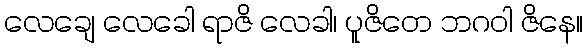
လေချေ လေခေါ ရာဇိ လေခါ၊ ပူဇိတေ ဘဂဝါ ဇိနေ။